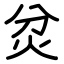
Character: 炃